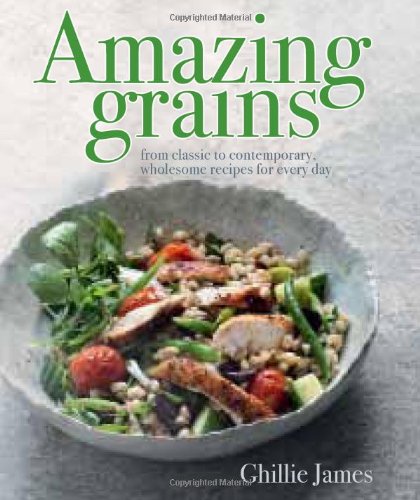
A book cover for Amazing Grains: From Classic to Contemporary, Wholesome Recipes for Every Day; Ghillie James; Cookbooks, Food & Wine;